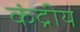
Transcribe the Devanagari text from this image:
कंद्रीय